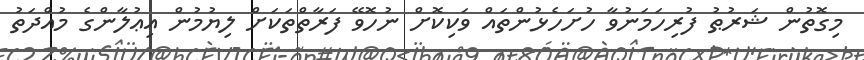
މިގޮތުން ޝަރުޠު ފުރިހަމަނުވާ ހުށަހެޅުންތައް ވަކިކޮށް ނުހޮވޭ ފަރާތްތަކަށް ލިޔުމުން އިޢުލާންގެ މުއްދަތު